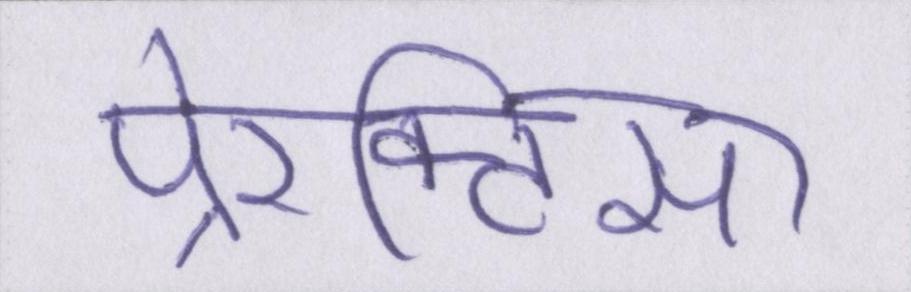
पे्रक्टिस